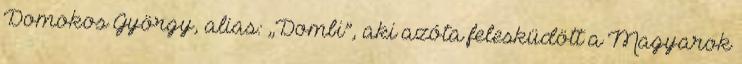
Domokos György, alias: „Dombi”, aki azóta felesküdött a Ma­gyarok